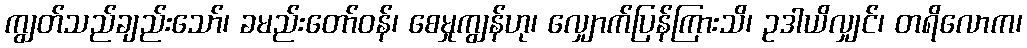
ကျွတ်သည်ချည်းသော်၊ ခမည်းတော်ဝန်၊ စေမှုကျွန်ဟု၊ လျှောက်ပြန်ကြားသိ၊ ဥဒါယိလျှင်၊ တရိလောက၊